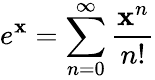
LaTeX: e^{\mathbf{x}}=\sum_{n=0}^{\infty}{\frac{{\mathbf{x}^{n}}}{{n!}}}